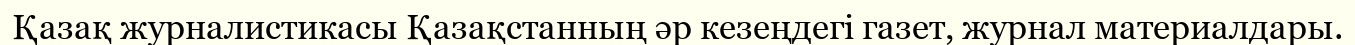
Қазақ журналистикасы Қазақстанның әр кезеңдегі газет, журнал материалдары.